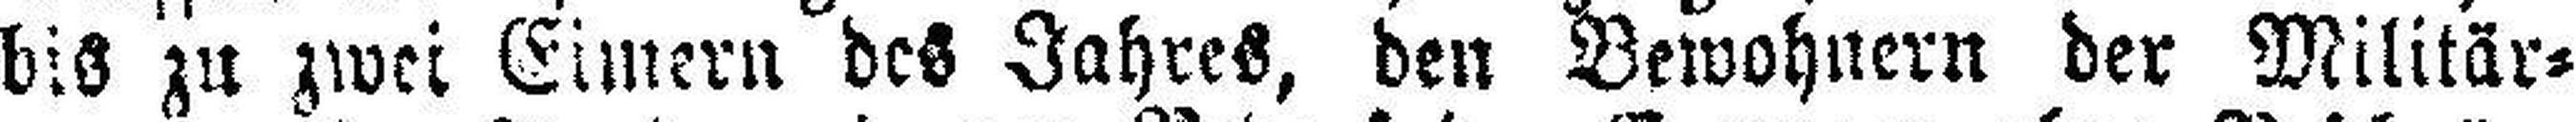
bis zu zwei Eimern des Jahres, den Bewohnern der Militär¬